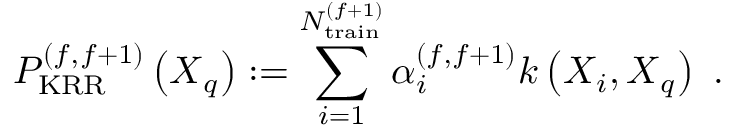
P _ { \mathrm { K R R } } ^ { ( f , f + 1 ) } \left( \boldsymbol { X } _ { q } \right) : = \sum _ { i = 1 } ^ { N _ { \mathrm { t r a i n } } ^ { ( f + 1 ) } } \alpha _ { i } ^ { ( f , f + 1 ) } k \left( \boldsymbol { X } _ { i } , \boldsymbol { X } _ { q } \right) ~ .